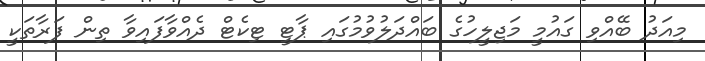
މިއަދު ބޭއްވި ގައުމީ މަޖިލީހުގެ ބައްދަލުވުމުގައި ޕާޓީ ޓިކެޓް ދެއްވާފައިވާ ތިން ފަރާތަކީ